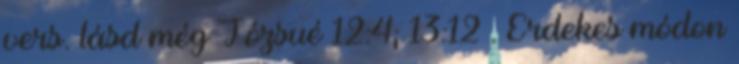
vers. lásd még Józsué 12:4; 13:12 . Érdekes módon